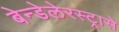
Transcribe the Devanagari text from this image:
बेन्डेलेरस्ट्रासे